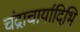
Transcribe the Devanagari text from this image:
चंद्राचार्यादिभि